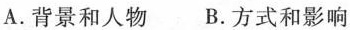
A.背景和人物B.方式和影响